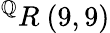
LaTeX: ^{\mathbb{Q}}R\ (9,9)